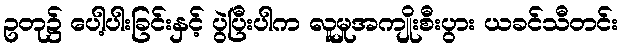
ဥတု၌ ပေါ့ပါးခြင်းနှင့် ပွဲပြီးပါက လူမှုအကျိုးစီးပွား ယခင်သီတင်း